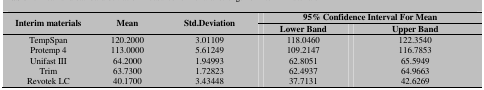
<table><thead><tr><td rowspan="2"><b>Interim materials</b></td><td rowspan="2"><b>Mean</b></td><td rowspan="2"><b>Std.Deviation</b></td><td colspan="2"><b>95% Confidence Interval For Mean</b></td></tr><tr><td><b>Lower Band</b></td><td><b>Upper Band</b></td></tr></thead><tbody><tr><td>TempSpan Protemp 4 Unifast III Trim Revotek LC</td><td>120.2000 113.0000 64.2000 63.7300 40.1700</td><td>3.01109 5.61249 1.94993 1.72823 3.43448</td><td>118.0460 109.2147 62.8051 62.4937 37.7131</td><td>122.3540 116.7853 65.5949 64.9663 42.6269</td></tr></tbody></table>